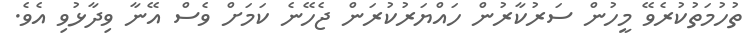
ތުހުމަތުކުރެވޭ މީހުން ސަރުކާރުން ހައްޔަރުކުރަން ޖެހޭނެ ކަމަށް ވެސް އޭނާ ވިދާޅުވި އެވެ.